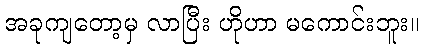
အခုကျတော့မှ လာပြီး ဟိုဟာ မကောင်းဘူး။